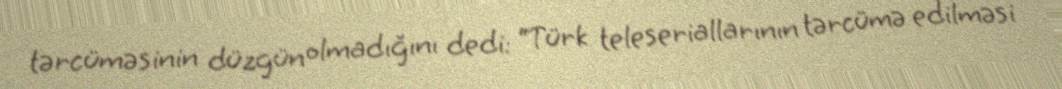
tərcüməsinin düzgün olmadığını dedi: “Türk teleseriallarının tərcümə edilməsi